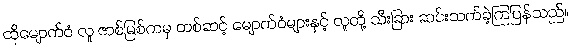
ထိုမျောက်ဝံ လူ ဇာစ်မြစ်ကမှ တစ်ဆင့် မျောက်ဝံများနှင့် လူတို့ သီးခြား ဆင်းသက်ခဲ့ကြပြန်သည်။